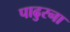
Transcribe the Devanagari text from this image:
पाढुरना